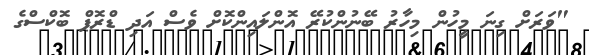
"ވަރަށް ގިނަ މީހުން މިހާރު ބޭނުންކުރޭ އޮންލައިންކޮށް ވެސް އަދި ޑްރޮޕް ބޮކްސްގެ